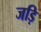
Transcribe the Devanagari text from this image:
जड़ि